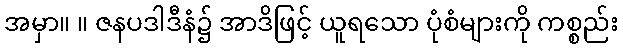
အမှာ။ ။ ဇနပဒါဒီနံ၌ အာဒိဖြင့် ယူရသော ပုံစံများကို ကစ္စည်း